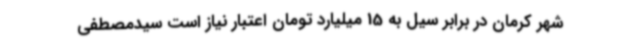
شهر کرمان در برابر سیل به 15 میلیارد تومان اعتبار نیاز است سیدمصطفی